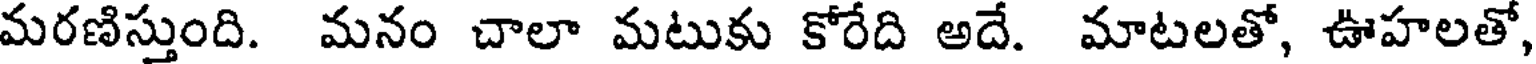
మరణిస్తుంది. మనం చాలా మటుకు కోరేది అదే. మాటలతో, ఊహలతో,